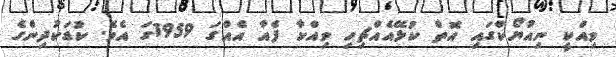
ވިއްކީ ނިއުޔޯކްގައި އޮތް ކުޅޭއެއްޗިހި ވިއްކާ ފެއާ އެއްގަ 1959ގަ އެވެ. ކުޑަކުދިންގެ